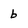
Character: b